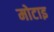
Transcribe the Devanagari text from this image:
मोटाइ